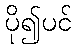
ပို၍ပင်